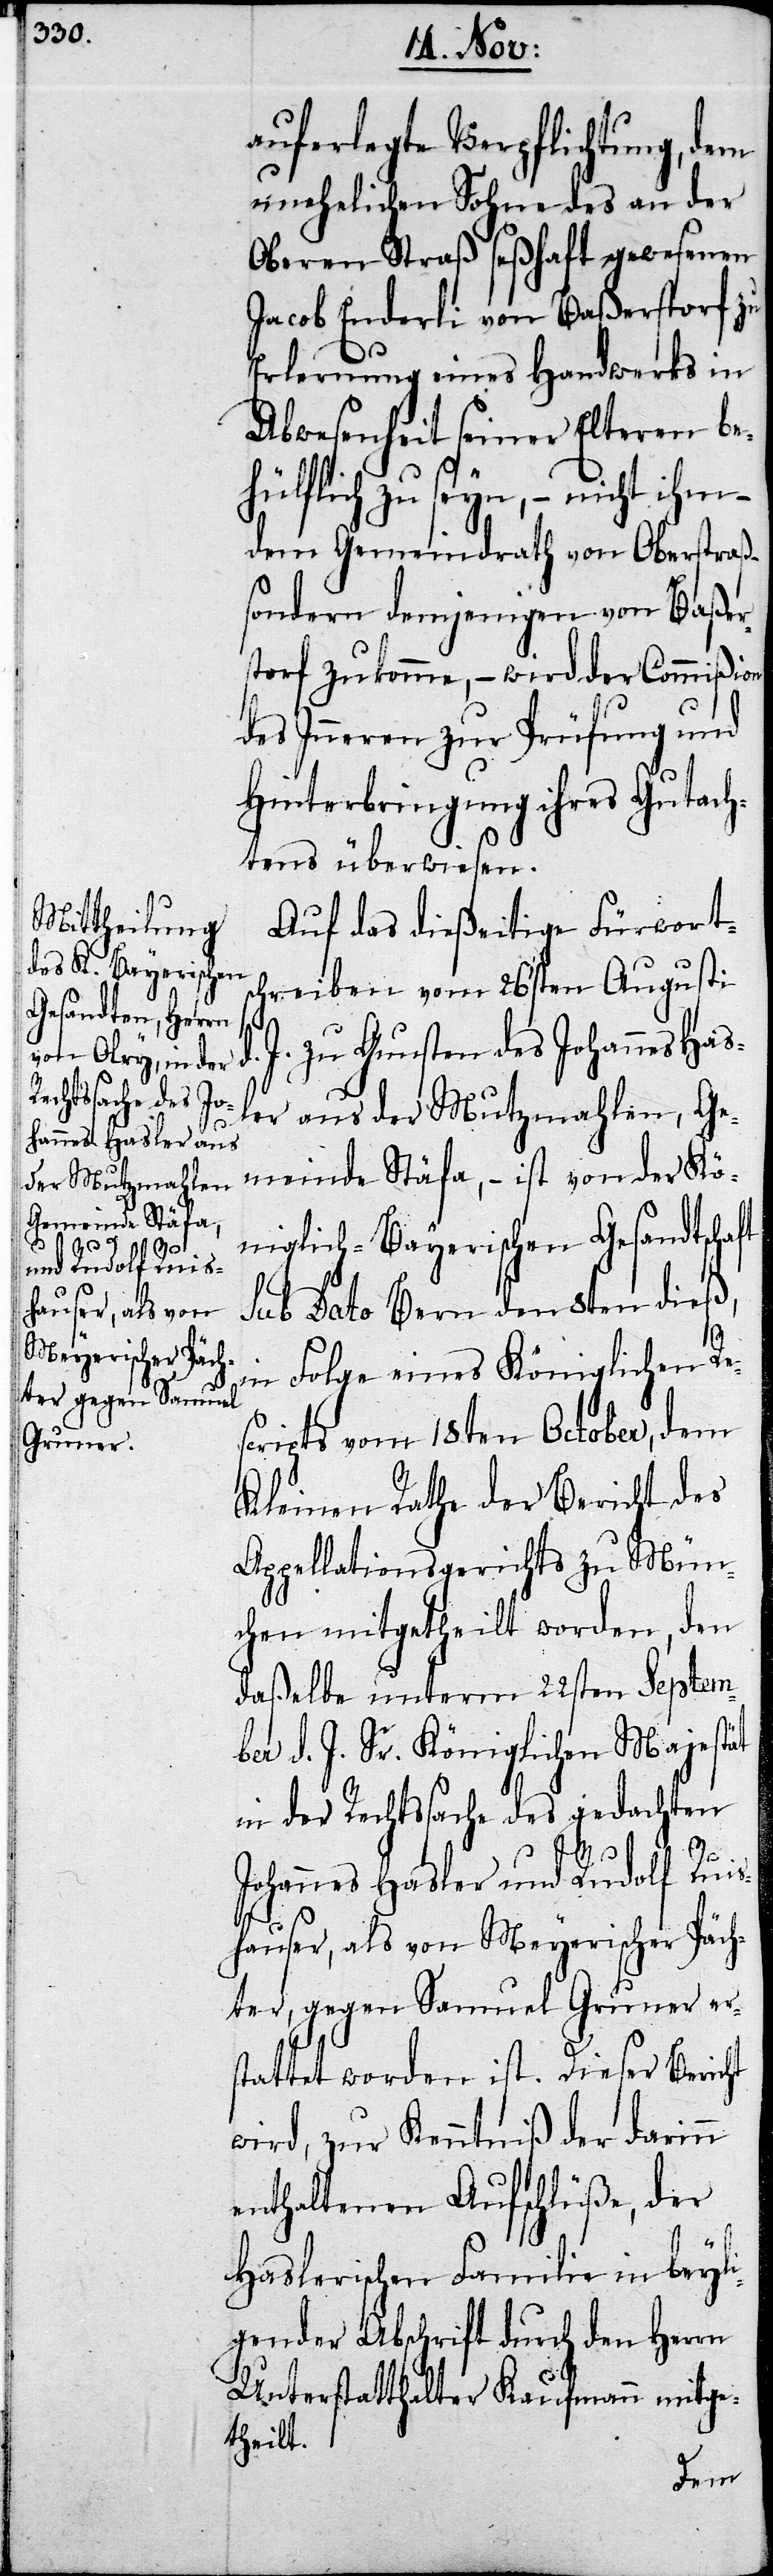
auferlegte Verpflichtung, dem
unehelichen Sohn des an der
Oberen Straß seßhaft gewesenen
Jacob Enderli von Baßerstorf zu
Erlernung eines Handwerks in
Abwesenheit seiner Elteren be¬
hülflich zu seyn, – nicht ihm
dem Gemeinderath von Oberstraß –
sondern demjenigen von Baßer¬
storf zukomme, – wird der Commißion
des Inneren zur Prüfung und
Hinterbringung ihres Gutach¬
tens überwiesen.
Auf das dießeitige Fürwort¬
schreiben vom 26sten Augusti
J. zu Gunsten des Johannes Has¬
ler aus der Mutzmahlen, Ge¬
meinde Stäfa, – ist von der Kö¬
niglich-Bayerischen Gesandtschaft
sub Dato Bern den 8ten dieß,
in Folge eines Königlichen Re¬
cripts vom 18ten October, dem
Kleinen Rathe der Bericht des
Appellationsgerichts zu Mün¬
chen mitgetheilt worden, den
daßelbe unterm 22sten Septem¬
ber d. J. Sr. Königlichen Majestät
in der Rechtssache des gedachten
s¬
Johannes Hasler und Rudolf Ruis¬
d.
hauser, als von Meyerischer Päch¬
ter, gegen Samuel Gruner er¬
stattet worden ist. Dieser Bericht
wird, zur Kenntniß der darinn
enthaltenen Aufschlüße, der
Haslerischen Familie in beyl¬
igender Abschrift durch den Herrn
Unterstatthalter Kaufmann mitge¬
theilt.